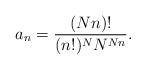
\begin{align*}a_n = \frac{(Nn)!}{(n!)^N N^{Nn}}.\end{align*}